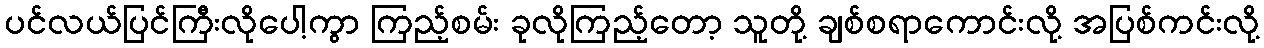
ပင်လယ်ပြင်ကြီးလိုပေါ့ကွာ ကြည့်စမ်း ခုလိုကြည့်တော့ သူတို့ ချစ်စရာကောင်းလို့ အပြစ်ကင်းလို့